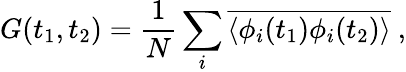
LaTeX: G(t_{1},t_{2})=\frac{1}{N}\sum_{i}\overline{{\langle\phi_{i}(t_{1})\phi_{i}(t_{2})\rangle}}~,